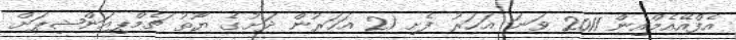
އެފްއޭއެމްއިން 2011 ވަނަ އަހަރު ފެށި 21 އަހަރުން ދަށުގެ ޔޫތު ޗެމްޕިއަންޝިޕަށް